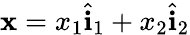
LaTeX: {\mathbf x}=x_{1}\hat{\mathbf i}_{1}+x_{2}\hat{\mathbf i}_{2}